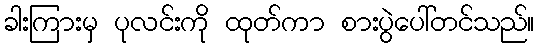
ခါးကြားမှ ပုလင်းကို ထုတ်ကာ စားပွဲပေါ်တင်သည်။